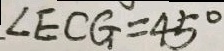
\angle E C G = 4 5 ^ { \circ }